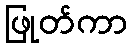
ဖြုတ်ကာ